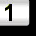
Digit: 1